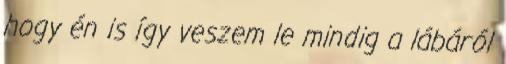
hogy én is így veszem le mindig a lábáról